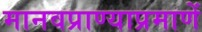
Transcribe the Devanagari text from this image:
मानवप्राण्याप्रमाणें